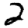
Digit: 2